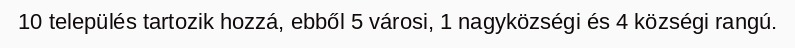
10 település tartozik hozzá, ebből 5 városi, 1 nagyközségi és 4 községi rangú.